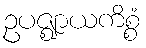
ဥပဇ္ဈာယကိစ္စံ